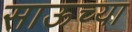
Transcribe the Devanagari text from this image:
साऊच्या